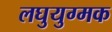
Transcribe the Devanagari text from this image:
लघुयुग्मक